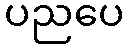
ပညပေ